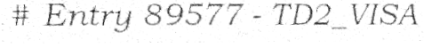
# Entry 89577 - TD2_VISA